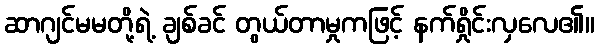
ဆာဂျင်မမတို့ရဲ့ ချစ်ခင် တွယ်တာမှုကဖြင့် နက်ရှိုင်းလှလေ၏။